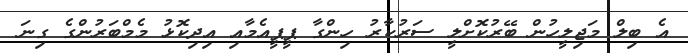
އެ ބިލް މަޖިލީހުން ބޭރުކޮށްލީ ސަރުކާރު ހިންގާ ޕީޕީއެމާއި އިދިކޮޅު މެމްބަރުންގެ ގިނަ